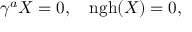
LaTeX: \gamma ^ { a } X = 0 , \quad \mathrm { n g h } ( X ) = 0 ,